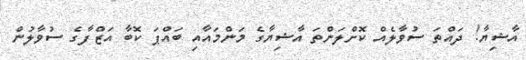
އާޝިޔާ! ދައްތަ ސުވާލެއް ކޮށްލަންތަ އާޝިޔާގެ މަންމައާއި ބައްޕަ ކޮބާ އަޒްފާގެ ސުވާލުން